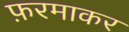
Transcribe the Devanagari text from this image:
फ़रमाकर